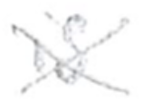
Text: is
Cross-out: cross
Writing tool: pencil